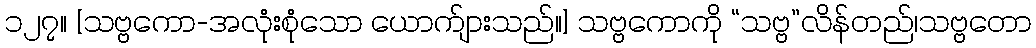
၁၂၇။ [သဗ္ဗကော-အလုံးစုံသော ယောက်ျားသည်။] သဗ္ဗကောကို “သဗ္ဗ”လိန်တည်၊သဗ္ဗတော